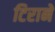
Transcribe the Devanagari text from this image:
टिराने